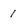
Character: 1